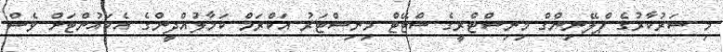
މި ސަރުކާރުގެ ޕްލޭނިންގް މިނިސްޓްރީގެ ސްޓޭޓް މިނިސްޓަރު އަކްރަމް ކަމާލުއްދީންގެ އެކައުންޓަށް ވެސް